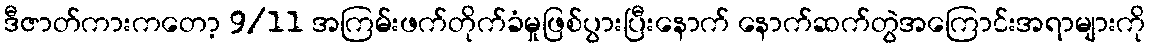
ဒီဇာတ်ကားကတော့ 9/11 အကြမ်းဖက်တိုက်ခံမှုဖြစ်ပွားပြီးနောက် နောက်ဆက်တွဲအကြောင်းအရာများကို